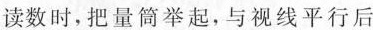
读数时，把量筒举起，与视线平行后